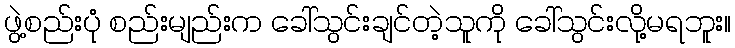
ဖွဲ့စည်းပုံ စည်းမျည်းက ခေါ်သွင်းချင်တဲ့သူကို ခေါ်သွင်းလို့မရဘူး။